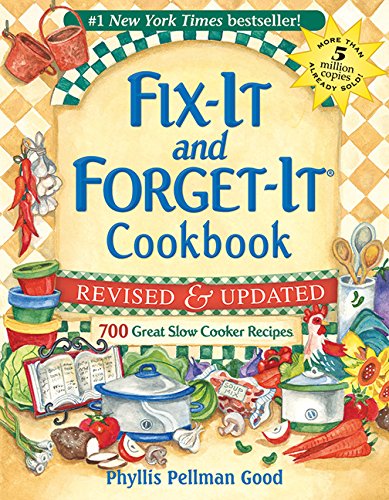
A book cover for Fix-It and Forget-It Revised and Updated: 700 Great Slow Cooker Recipes; Phyllis Good; Cookbooks, Food & Wine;